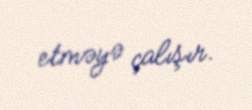
etməyə çalışır.